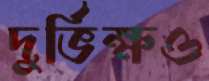
দুর্ভিক্ষও